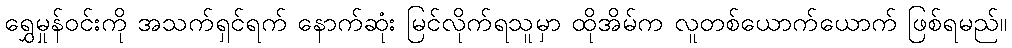
ရွှေမှုန်ဝင်းကို အသက်ရှင်ရက် နောက်ဆုံး မြင်လိုက်ရသူမှာ ထိုအိမ်က လူတစ်ယောက်ယောက် ဖြစ်ရမည်။